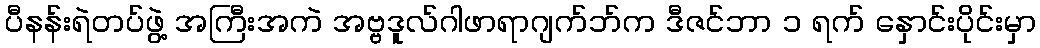
ပီနန်းရဲတပ်ဖွဲ့ အကြီးအကဲ အဗ္ဗဒူလ်ဂါဖာရာဂျက်ဘ်က ဒီဇင်ဘာ ၁ ရက် နှောင်းပိုင်းမှာ